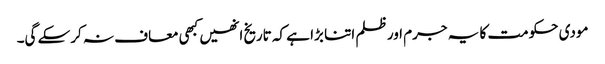
مودی حکومت کا یہ جرم اور ظلم اتنا بڑا ہے کہ تاریخ انھیں کبھی معاف نہ کرسکے گی۔